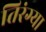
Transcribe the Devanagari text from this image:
तिरंग्या